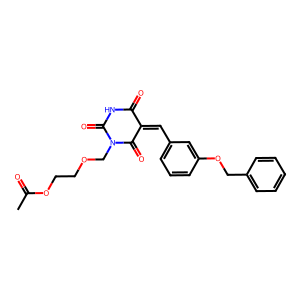
SMILES: CC(=O)OCCOCN1C(=O)NC(=O)C(=Cc2cccc(OCc3ccccc3)c2)C1=O
Inhibits HIV replication: No